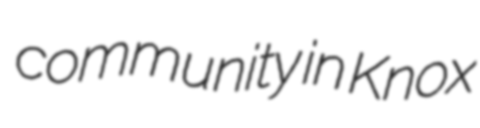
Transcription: community in Knox